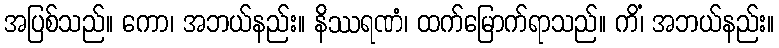
အပြစ်သည်။ ကော၊ အဘယ်နည်း။ နိဿရဏံ၊ ထက်မြောက်ရာသည်။ ကိံ၊ အဘယ်နည်း။